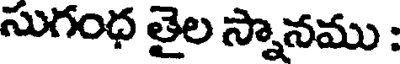
సుగంధ తైల స్నానము :